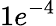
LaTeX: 1e^{-4}